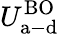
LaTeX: U_{\mathrm{a-d}}^{\mathrm{BO}}